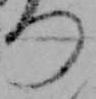
つ